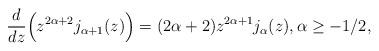
LaTeX: \begin{align*}\frac{d}{dz}\Big( z^{2\alpha+2}j_{\alpha+1}(z)\Big) = (2\alpha+2)z^{2\alpha+1}j_\alpha(z), \alpha\geq -1/2,\end{align*}